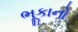
ભૂકાનો